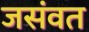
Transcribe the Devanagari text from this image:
जसंवत